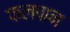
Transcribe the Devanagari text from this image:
फलपान